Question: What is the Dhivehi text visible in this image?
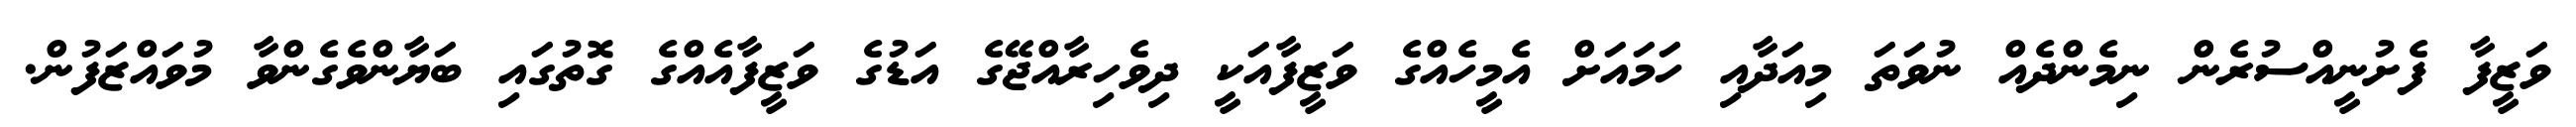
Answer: ވަޒީފާ ފެށުނީއްސުރެން ނިމެންދެއް ނުވަތަ މިއަދާއި ހަމައަށް އެމީހެއްގެ ވަޒީފާއަކީ ދިވެހިރާއްޖޭގެ އަޑުގެ ވަޒީފާއެއްގެ ގޮތުގައި ބަޔާންވެގެންވާ މުވައްޒަފުން.